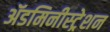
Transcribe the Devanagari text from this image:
ॲडमिनीस्ट्रेशन